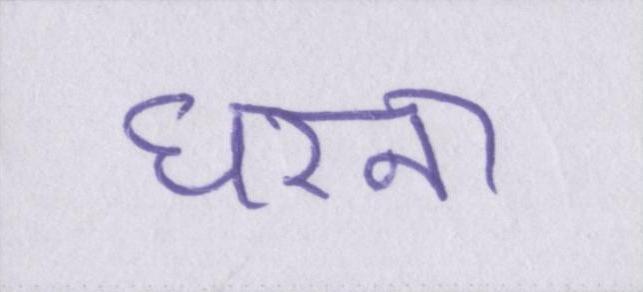
धरना